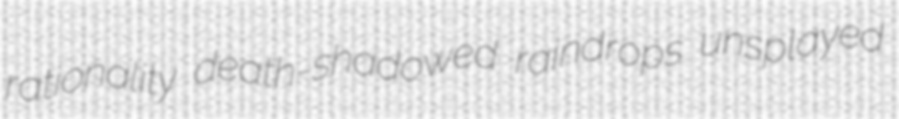
rationality death-shadowed raindrops unsplayed